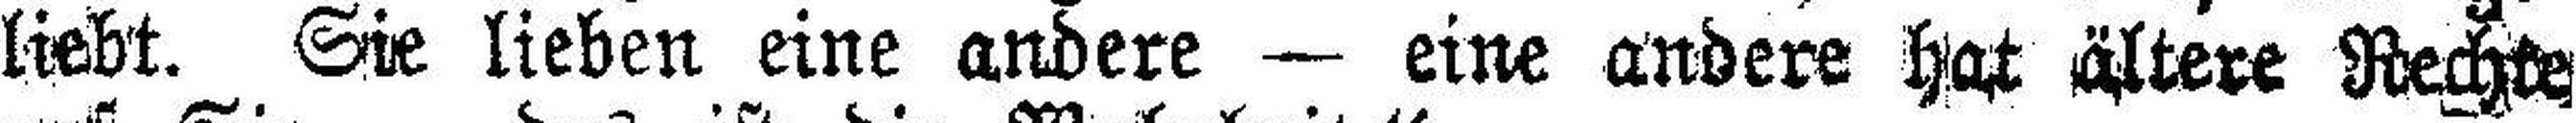
liebt. Sie lieben eine andere — eine andere hat ältere Rechte